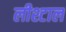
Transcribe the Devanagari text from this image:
लीश्टाल